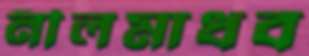
নীলমাধব